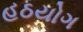
હઠયોગ